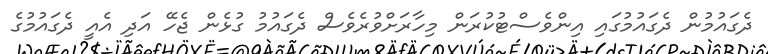
ދެގައުމުން ދެގައުމުގައި އިންވެސްޓުކުރަން މިހާރަށްވުރެވެސް ދެގައުމު ގުޅެން ޖެހޭ އަދި އެއީ ދެގައުމުގެ